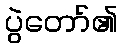
ပွဲတော်၏